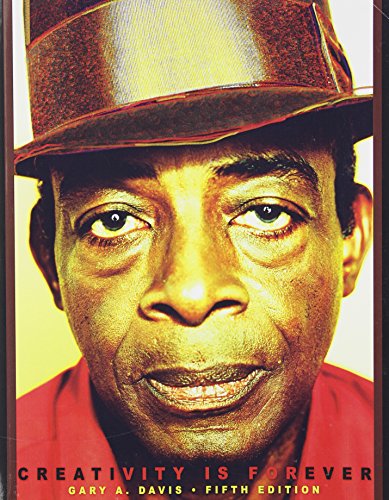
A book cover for Creativity is Forever; DAVIS  GARY A; Health, Fitness & Dieting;